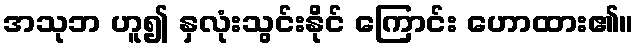
အသုဘ ဟူ၍ နှလုံးသွင်းနိုင် ကြောင်း ဟောထား၏။